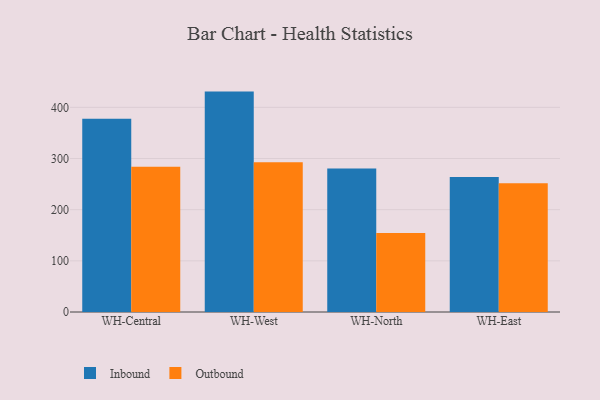
{"axis": {"x": "Warehouse", "y": "Tickets Resolved"}, "legend": ["Inbound", "Outbound"], "data": [{"x": "WH-Central", "y": 377.7, "type": "Inbound"}, {"x": "WH-Central", "y": 283.7, "type": "Outbound"}, {"x": "WH-West", "y": 430.8, "type": "Inbound"}, {"x": "WH-West", "y": 292.6, "type": "Outbound"}, {"x": "WH-North", "y": 280.5, "type": "Inbound"}, {"x": "WH-North", "y": 154.6, "type": "Outbound"}, {"x": "WH-East", "y": 263.9, "type": "Inbound"}, {"x": "WH-East", "y": 251.9, "type": "Outbound"}]}